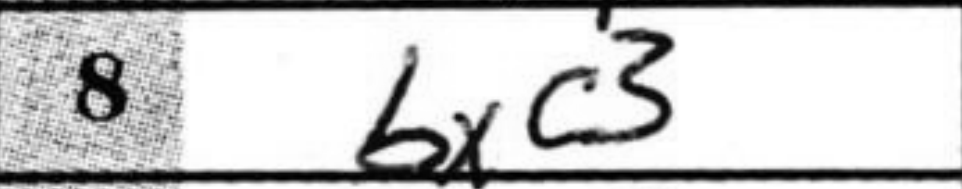
Transcription: bxc3